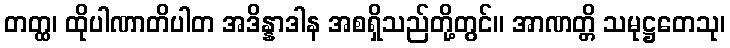
တတ္ထ၊ ထိုပါဏာတိပါတ အဒိန္နာဒါန အစရှိသည်တို့တွင်။ အာဏတ္တိ သမုဋ္ဌတေသု၊